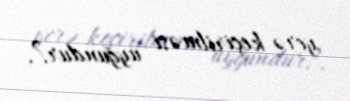
yerə keçirilməsi uyğundur?.